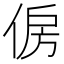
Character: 𠉱